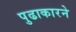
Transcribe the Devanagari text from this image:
पुढाकारने